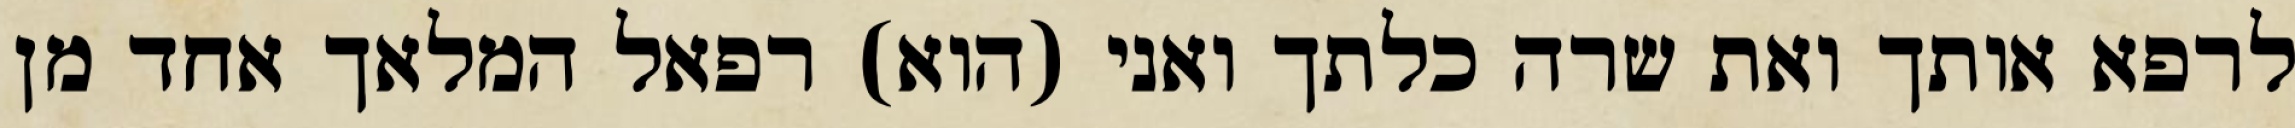
לרפא אותך ואת שרה כלתך ואני (הוא) רפאל המלאך אחד מן